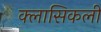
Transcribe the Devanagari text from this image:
क्लासिकली